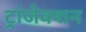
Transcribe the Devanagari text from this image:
ट्रांजेक्‍शन